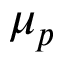
\mu _ { p }